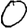
Digit: 0